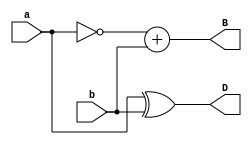
`timescale 1ns / 1ps
//////////////////////////////////////////////////////////////////////////////////
// Company: 
// Engineer: 
// 
// Design Name: 
// Module Name:    half_subtractor 
// Project Name: 
// Target Devices: 
// Tool versions: 
// Description: 
//
// Dependencies: 
//
// Revision: 
// Revision 0.01 - File Created
// Additional Comments: 
//
//////////////////////////////////////////////////////////////////////////////////
module half_subtractor(a,b,D,B);
    input a,b;
    output D,B;
    assign D=a^b;
	 assign B=~a+b;
endmodule